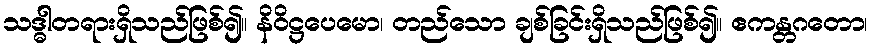
သဒ္ဓါတရားရှိသည်ဖြစ်၍။ နိဝိဋ္ဌပေမော၊ တည်သော ချစ်ခြင်းရှိသည်ဖြစ်၍။ ဧကန္တဂတော၊